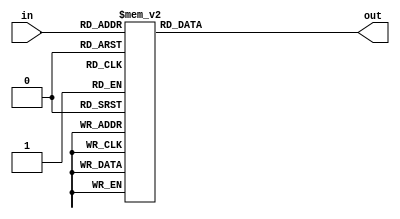
module S7(input [6:1] in, output reg [4:1] out);
  always @* case (in)
    0 : out = 4;
    1 : out = 13;
    2 : out = 11;
    3 : out = 0;
    4 : out = 2;
    5 : out = 11;
    6 : out = 14;
    7 : out = 7;
    8 : out = 15;
    9 : out = 4;
    10 : out = 0;
    11 : out = 9;
    12 : out = 8;
    13 : out = 1;
    14 : out = 13;
    15 : out = 10;
    16 : out = 3;
    17 : out = 14;
    18 : out = 12;
    19 : out = 3;
    20 : out = 9;
    21 : out = 5;
    22 : out = 7;
    23 : out = 12;
    24 : out = 5;
    25 : out = 2;
    26 : out = 10;
    27 : out = 15;
    28 : out = 6;
    29 : out = 8;
    30 : out = 1;
    31 : out = 6;
    32 : out = 1;
    33 : out = 6;
    34 : out = 4;
    35 : out = 11;
    36 : out = 11;
    37 : out = 13;
    38 : out = 13;
    39 : out = 8;
    40 : out = 12;
    41 : out = 1;
    42 : out = 3;
    43 : out = 4;
    44 : out = 7;
    45 : out = 10;
    46 : out = 14;
    47 : out = 7;
    48 : out = 10;
    49 : out = 9;
    50 : out = 15;
    51 : out = 5;
    52 : out = 6;
    53 : out = 0;
    54 : out = 8;
    55 : out = 15;
    56 : out = 0;
    57 : out = 14;
    58 : out = 5;
    59 : out = 2;
    60 : out = 9;
    61 : out = 3;
    62 : out = 2;
    63 : out = 12;
  endcase
endmodule